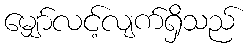
မျှော်လင့်လျက်ရှိသည်